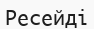
Ресейді